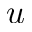
u